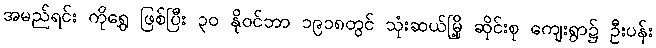
အမည်ရင်း ကိုရွှေ ဖြစ်ပြီး ၃၀ နိုဝင်ဘာ ၁၉၁၈တွင် သုံးဆယ်မြို့ ဆိုင်းစု ကျေးရွာ၌ ဦးပန်း